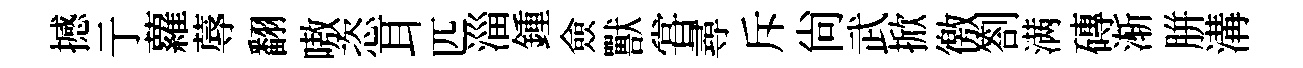
撼亍蘿蓐翻嗷恣耳匹淄鍾僉獸甞尋斥尚武掀徼劄满磚渐胼溝